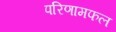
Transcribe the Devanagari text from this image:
परिणामफल